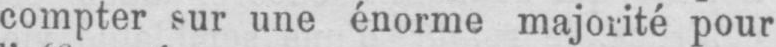
compter sur une énorme majorité pour